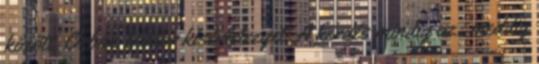
között. Orbán Viktor kísérletezget. A kérdés mindig az: meddig